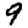
Digit: 9